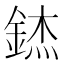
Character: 錰